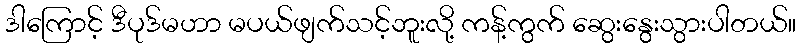
ဒါကြောင့် ဒီပုဒ်မဟာ မပယ်ဖျက်သင့်ဘူးလို့ ကန့်ကွက် ဆွေးနွေးသွားပါတယ်။